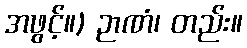
အဖွင့်။) ဉာဏံ၊ တည်း။